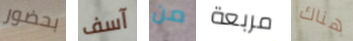
بحضور آسف من مربعة هناك